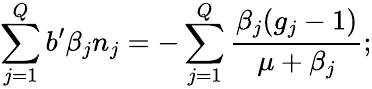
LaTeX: \sum_{j=1}^{Q}b^{\prime}\beta_{j}n_{j}=-\sum_{j=1}^{Q}\frac{\beta_{j}(g_{j}-1)}{\mu+\beta_{j}};